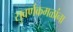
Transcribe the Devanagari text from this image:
सुवर्णकमळांना